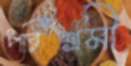
পরিশ্রমী